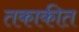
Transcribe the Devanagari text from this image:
तकाकीत